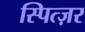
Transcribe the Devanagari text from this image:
स्पित्ज़र